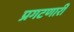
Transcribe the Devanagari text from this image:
प्रगटणारी